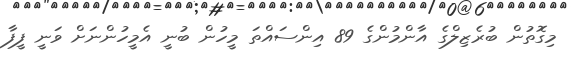
މިގޮތުން ބުރެޒިލްގެ އާންމުންގެ 89 އިންސައްތަ މީހުން ބުނީ އެމީހުންނަށް ވަނީ ފީފާ